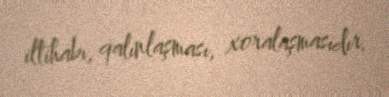
iltihabı, qalınlaşması, xoralaşmasıdır.